Civil Veterinary Department. United Provinces 1932-42 - 1932-1942
Year: 1932
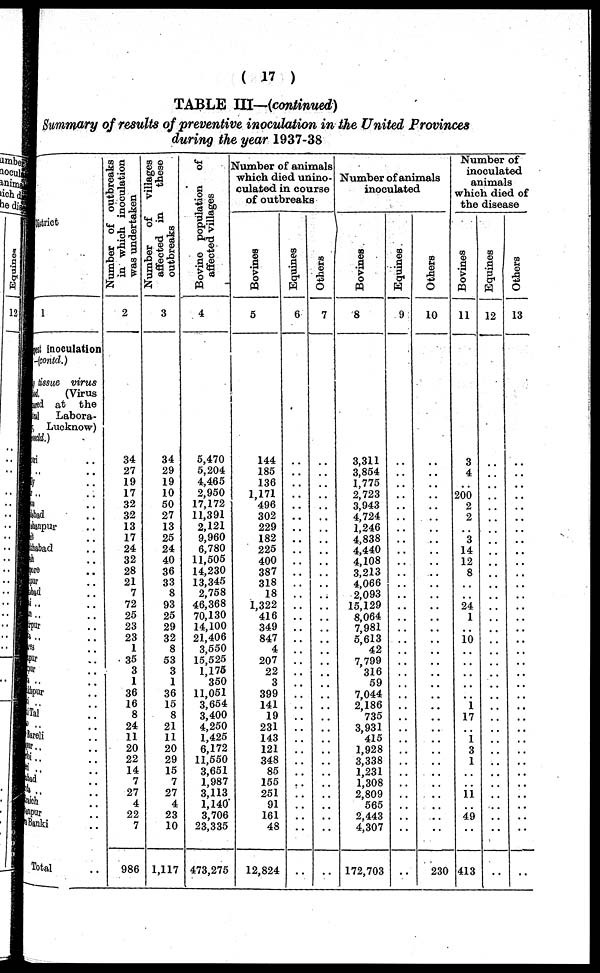
(17)
TABLE III—(continued)
Summary of results of preventive inoculation in the United Provinces
during the year 1937-38
District
1
inoculation
(contd.)
tissue virus
(Virus
ed at the
Labora-
Lucknow)
dd.)
..
..
..
..
..
bad
..
npur ..
..
sbad ..
..
..
..
..
.. ..
.. ..
..
.. ..
..
..
.. ..
.. ..
pur ..
.. ..
Tal ..
.. ..
reli ..
.. ..
.. ..
.. ..
d ..
.. ..
h ..
ur ..
nki ..
Total ..
Number of outbreaks
in which inoculation
was undertaken
2
34
27
19
17
32
32
13
17
24
32
28
21
7
72
25
23
23
1
35
3
1
36
16
8
24
11
20
22
14
7
27
4
22
7
986
Number
of
villages
affected in
these
outbreaks
3
34
29
19
10
50
27
13
25
24
40
36
33
8
93
25
29
32
8
53
3
1
36
15
8
21
11
20
29
15
7
27
4
23
10
1,117
Bovine population
of
affected villages
4
5,470
5,204
4,465
2,950
17,172
11,391
2,121
9,960
6,780
11,505
14,230
13,345
2,758
46,368
70,130
14,100
21,406
3,550
15,525
1,175
350
11,051
3,654
3,400
4,250
1,425
6,172
11,550
3,651
1,987
3,113
1,140
3,706
23,335
473,275
Number of animals
which died unino-
culated in course
of outbreaks
Bovines
5
144
185
136
1,171
496
302
229
182
225
400
387
318
18
1,322
416
349
847
4
207
22
3
399
141
19
231
143
121
348
85
155
251
91
161
48
12,824
Equines
6
..
..
..
..
..
..
..
..
..
..
..
..
..
..
..
..
..
..
..
..
..
..
..
..
..
..
..
..
..
..
..
..
..
..
..
Others
7
..
..
..
..
..
..
..
..
..
..
..
..
..
..
..
..
..
..
..
..
..
..
..
..
..
..
..
..
..
..
..
..
..
..
..
Number of animals
inoculated
Bovines
8
3,311
3,854
1,775
2,723
3,943
4,724
1,246
4,838
4,440
4,108
3,213
4,066
2,093
15,129
8,064
7,981
5,613
42
7,799
316
59
7,044
2,186
735
3,931
415
1,928
3,338
1,231
1,308
2,809
565
2,443
4,307
172,703
Equines
9
..
..
..
..
..
..
..
..
..
..
..
..
..
..
..
..
..
..
..
..
..
..
..
..
..
..
..
..
..
..
..
..
..
..
..
Others
10
..
..
..
..
..
..
..
..
..
..
..
..
..
..
..
..
..
..
..
..
..
..
..
..
..
..
..
..
..
..
..
..
..
..
230
Number of
inoculated
animals
which died of
the disease
Bovines
11
3
4
..
200
2
2
..
3
14
12
8
..
..
24
1
..
10
..
..
..
..
..
1
17
..
1
3
1
..
..
11
..
49
..
413
Equines
12
..
..
..
..
..
..
..
..
..
..
..
..
..
..
..
..
..
..
..
..
..
..
..
..
..
..
..
..
..
..
..
..
..
..
..
Others
13
..
..
..
..
..
..
..
..
..
..
..
..
..
..
..
..
..
..
..
..
..
..
..
..
..
..
..
..
..
..
..
..
..
..
..
..